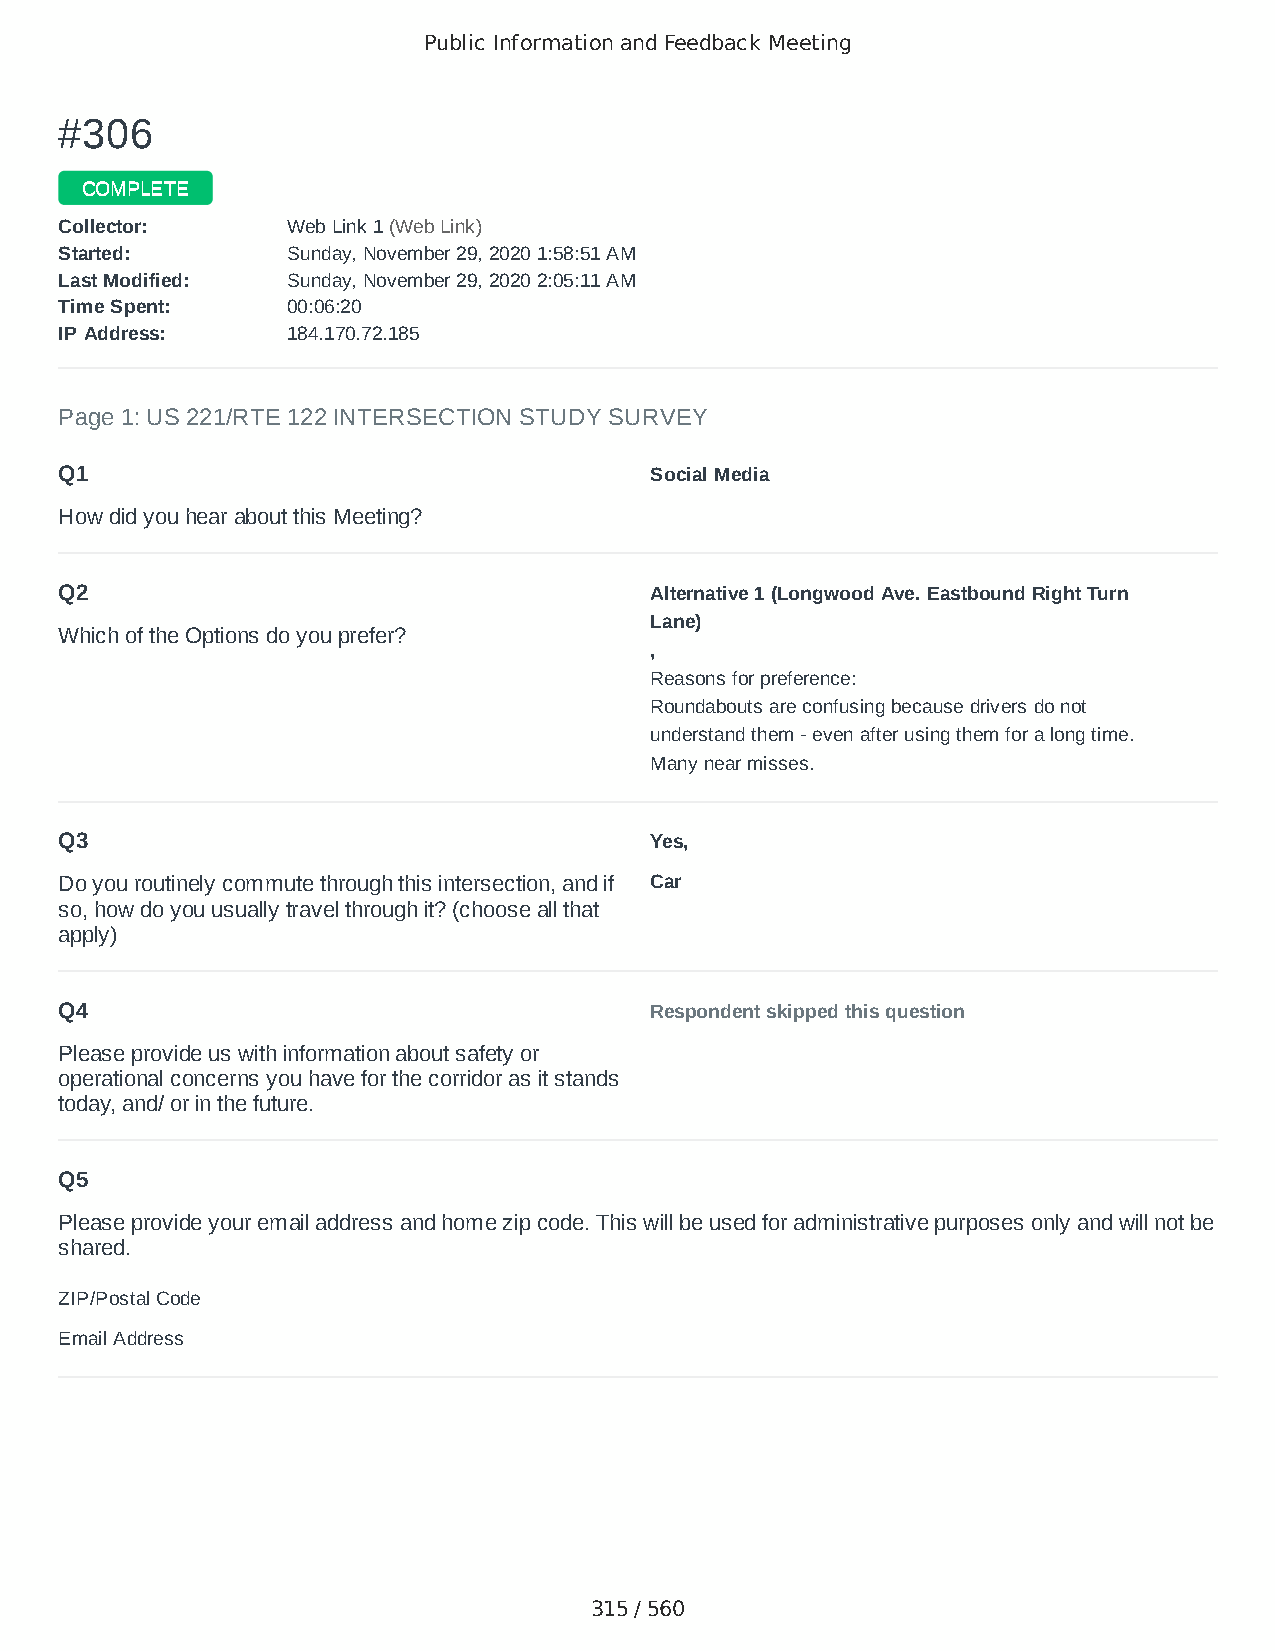
Public Information and Feedback Meeting
 ##330066
 CCOOMMPPLLEETTEE
 CCoolllleeccttoorr:: WWeebb LLiinnkk 11 ((WWeebb LLiinnkk))
 SSttaarrtteedd:: SSuunnddaayy,, NNoovveemmbbeerr 2299,, 22002200 11::5588::5511 AAMM
 LLaasstt MMooddiiffiieedd:: SSuunnddaayy,, NNoovveemmbbeerr 2299,, 22002200 22::0055::1111 AAMM
 TTiimmee SSppeenntt:: 0000::0066::2200
 IIPP AAddddrreessss:: 118844..117700..7722..118855
 Page 1: US 221/RTE 122 INTERSECTION STUDY SURVEY
 Q1                                     Social Media
 How did you hear about this Meeting?
 Q2                                     Alternative 1 (Longwood Ave. Eastbound Right Turn
 Lane)
 Which of the Options do you prefer?
 ,
 Reasons for preference:
 Roundabouts are confusing because drivers do not
 understand them - even after using them for a long time.
 Many near misses.
 Q3                                     Yes,
 Do you routinely commute through this intersection, and if Car
 so, how do you usually travel through it? (choose all that
 apply)
 Q4                                     Respondent skipped this question
 Please provide us with information about safety or
 operational concerns you have for the corridor as it stands
 today, and/ or in the future.
 Q5
 Please provide your email address and home zip code. This will be used for administrative purposes only and will not be
 shared.
 ZIP/Postal Code                        24551
 Email Address                          rarney@jetbroadband.com
 315 / 560